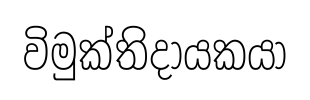
විමුක්තිදායකයා